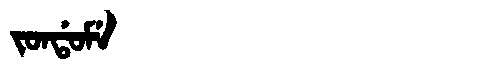
Manchu: ᠵᠣᠨᡩᠣᠮᡝ
Romanization: JONDOME